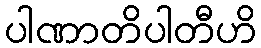
ပါဏာတိပါတီဟိ